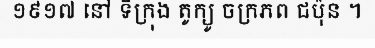
១៩១៧ នៅ ទីក្រុង តូក្យូ ចក្រភព ជប៉ុន ។